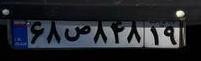
۶۸ص۸۴۸۱۹